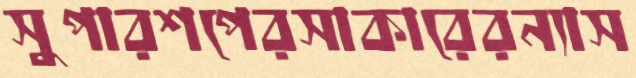
সুপারশপেরসাকারেরন্যাস